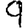
Digit: 9